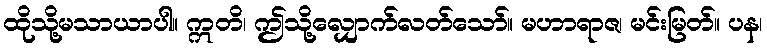
ထိုသို့မသာယာပါ။ ဣတိ၊ ဤသို့လျှောက်လတ်သော်။ မဟာရာဇ၊ မင်းမြတ်။ ပန၊